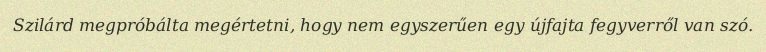
Szilárd megpróbálta megértetni, hogy nem egyszerűen egy újfajta fegyverről van szó.